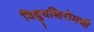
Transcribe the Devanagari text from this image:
विबुधशिरोमणी